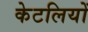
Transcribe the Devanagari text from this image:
केटलियों